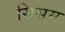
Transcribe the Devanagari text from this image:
सिसम